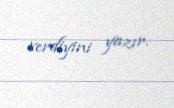
verdiyini yazır.